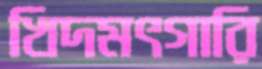
খিদমৎগারি